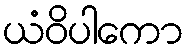
ယံဝိပါကော